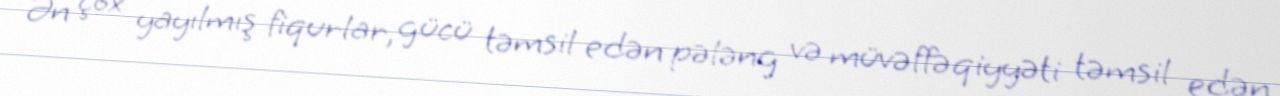
Ən çox yayılmış fiqurlar, gücü təmsil edən pələng və müvəffəqiyyəti təmsil edən